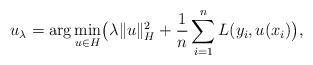
LaTeX: \begin{align*}u_\lambda=\arg \underset{u\in H}{\min}\big ( \lambda \lVert u\rVert_H^2 + \frac{1}{n}\sum_{i=1}^nL (y_i,u(x_i)\big),\end{align*}